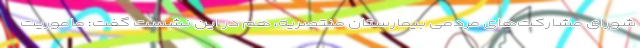
شورای مشارکت‌های مردمی بیمارستان منتصریه، هم در این نشست گفت: ماموریت